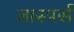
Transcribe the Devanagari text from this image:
जास्पर्स